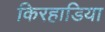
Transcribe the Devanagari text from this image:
किरहाडिया